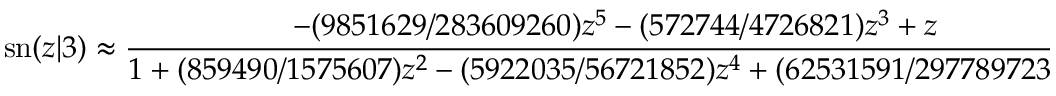
\mathrm { s n } ( z | 3 ) \approx { \frac { - ( 9 8 5 1 6 2 9 / 2 8 3 6 0 9 2 6 0 ) z ^ { 5 } - ( 5 7 2 7 4 4 / 4 7 2 6 8 2 1 ) z ^ { 3 } + z } { 1 + ( 8 5 9 4 9 0 / 1 5 7 5 6 0 7 ) z ^ { 2 } - ( 5 9 2 2 0 3 5 / 5 6 7 2 1 8 5 2 ) z ^ { 4 } + ( 6 2 5 3 1 5 9 1 / 2 9 7 7 8 9 7 2 3 0 ) z ^ { 6 } } }